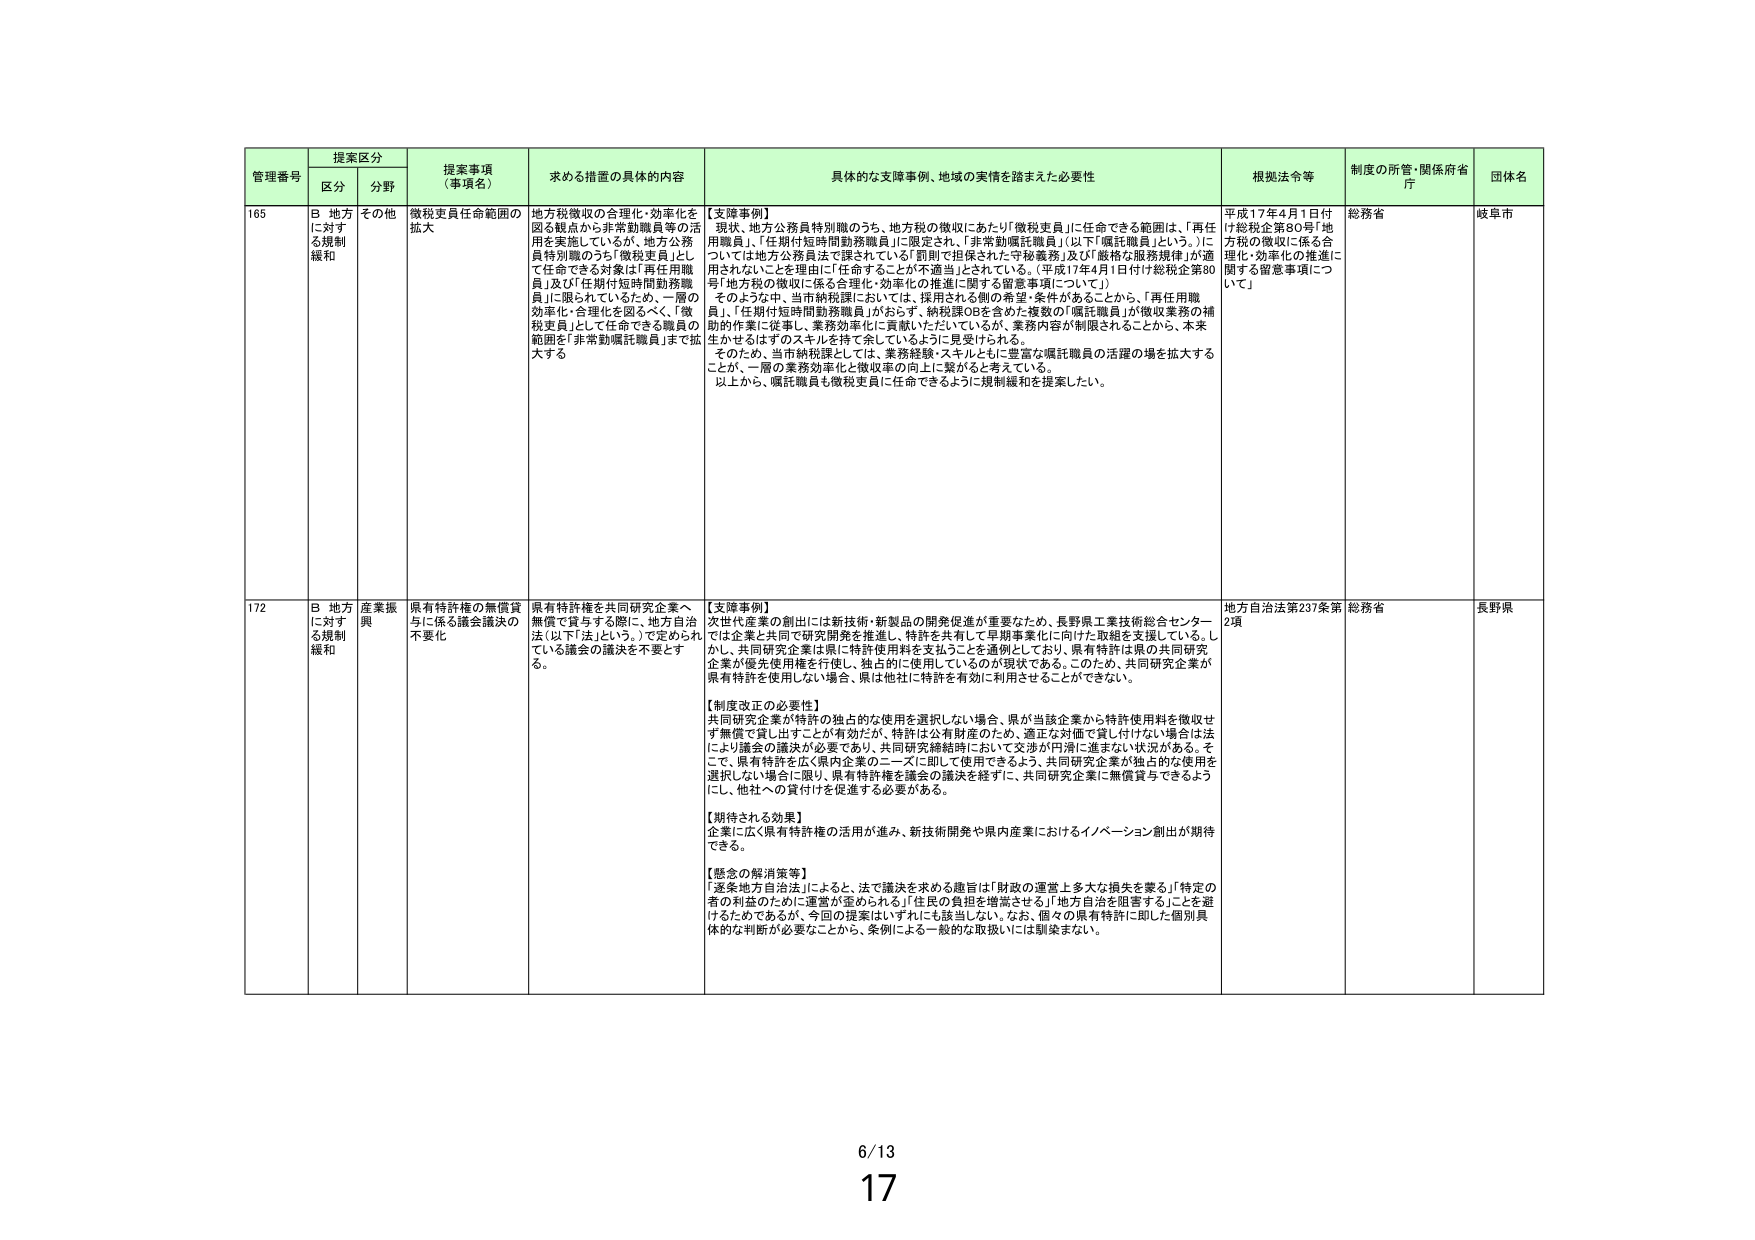
管理番号 提案区分 提案事項（事項名） 求める措置の具体的内容 具体的な支障事例、地域の実情を踏まえた必要性 根拠法令等 制度の所管・関係府省庁 団体名
区分 分野
165 B 地方に対する規制緩和 その他 徴税吏員任命範囲の拡大 地方税徴収の合理化・効率化を図る観点から非常勤職員等の活用を実施しているが、地方公務員特別職のうち「徴税吏員」として任命できる対象は「再任用職員」及び「任期付短時間勤務職員」に限られているため、一層の効率化・合理化を図るべく、「徴税吏員」として任命できる職員の範囲を「非常勤嘱託職員」まで拡大する 【支障事例】 現状、地方公務員特別職のうち、地方税の徴収にあたり「徴税吏員」に任命できる範囲は、「再任用職員」、「任期付短時間勤務職員」に限定され、「非常勤嘱託職員」（以下「嘱託職員」という。）については地方公務員法で課されている「罰則で担保された守秘義務」及び「厳格な服務規律」が適用されないことを理由に「任命することが不適当」とされている。（平成17年4月1日付け総税企第80号「地方税の徴収に係る合理化・効率化の推進に関する留意事項について」） そのような中、当市納税課においては、採用される側の希望・条件があることから、「再任用職員」、「任期付短時間勤務職員」がおらず、納税課OBを含めた複数の「嘱託職員」が徴収業務の補助的作業に従事し、業務効率化に貢献いただいているが、業務内容が制限されることから、本来生かせるはずのスキルを持て余しているように見受けられる。 そのため、当市納税課としては、業務経験・スキルともに豊富な嘱託職員の活躍の場を拡大すること、一層の業務効率化と徴収収入の向上に繋がると考えている。 以上から、嘱託職員も徴税吏員に任命できるように規制緩和を提案したい。 平成17年4月1日付け総税企第80号「地方税の徴収に係る合理化・効率化の推進に関する留意事項について」 総務省 岐阜市
172 B 地方に対する規制緩和 産業振興 県有特許権の無償貸与に係る議会議決の不要化 県有特許権を共同研究企業へ無償で貸与する際に、地方自治法（以下「法」という。）で定められている議会の議決を不要とする。 【支障事例】 次世代産業の創出には新技術・新製品の開発促進が重要なため、長野県工業技術総合センターでは企業と共同で研究開発を推進し、特許を共有して早期事業化に向けた取組を支援している。しかし、共同研究企業は県に特許使用料を支払うことを通例としており、県有特許は県の共同研究企業が優先使用権を行使し、独占的に使用しているのが現状である。このため、共同研究企業が県有特許を使用しない場合、県は他社に特許を有効に利用させることができない。 【制度改正の必要性】 共同研究企業が特許の独占的な使用を選択しない場合、県が当該企業から特許使用料を徴収せず無償で貸し出すことが有効だが、特許は公有財産のため、適正な対価で貸し付けない場合は法により議会の議決が必要であり、共同研究締結時ににおいて交渉が円滑に進まない状況がある。そこで、県有特許を広く県内企業のニーズに即して使用できるよう、共同研究企業が独占的な使用を選択しない場合に限り、県有特許権を議会の議決を経ずに、共同研究企業に無償貸与できるようにし、他社への貸付けを促進する必要がある。 【期待される効果】 企業に広く県有特許権の活用が進み、新技術開発や県内産業におけるイノベーション創出が期待できる。 【懸念の解消策等】 「逐条地方自治法」によると、法で議決を求める趣旨は「財政の運営上多大な損失を要る」「特定の者の利益のために運営が歪められる」「住民の負担を増嵩させる」「地方自治を阻害することを避けるためであるが、今回の提案はいずれにも該当しない。なお、個々の県有特許に即した個別具体的な判断が必要なことから、条例による一般的な取扱いには馴染まない。 地方自治法第237条第2項 総務省 長野県
6/13
17